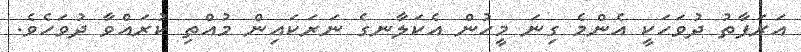
އަރަފާތު ދުވަހަކީ އެންމެ ގިނަ މީހުން އެކަލާނގެ ނަރަކައިން މުއްތި ކުރައްވާ ދުވަހެވެ.